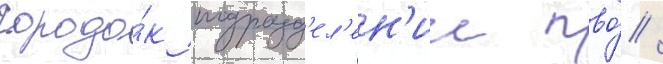
городо́к подразд'ел'ен'ии пво́ /